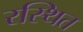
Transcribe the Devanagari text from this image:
रस्थित